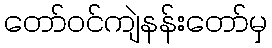
တော်ဝင်ကျဲနန်းတော်မှ